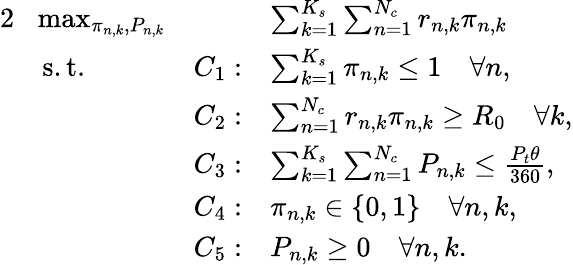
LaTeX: \begin{array}{rlrl}{{2}}&{\! \operatorname*{max}_{\pi_{n,k},P_{n,k}}}&{\quad}&{\sum_{k=1}^{K_{s}}\sum_{n=1}^{N_{c}}r_{n,k}\pi_{n,k}}\\ &{\mathrm{s.t.}}&{C_{1}:}&{\sum_{k=1}^{K_{s}}\pi_{n,k}\leq 1\quad\forall n,}\\ &{}&{C_{2}:}&{\sum_{n=1}^{N_{c}}r_{n,k}\pi_{n,k}\geq R_{0}\quad\forall k,}\\ &{}&{C_{3}:}&{\sum_{k=1}^{K_{s}}\sum_{n=1}^{N_{c}}P_{n,k}\leq\frac{P_{t}\theta}{360},}\\ &{}&{C_{4}:}&{\pi_{n,k}\in\{ 0,1\} \quad\forall n,k,}\\ &{}&{C_{5}:}&{P_{n,k}\geq 0\quad\forall n,k.}\end{array}